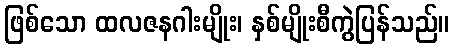
ဖြစ်သော ထလဇနဂါးမျိုး၊ နှစ်မျိုးစီကွဲပြန်သည်။